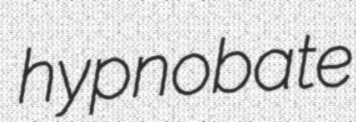
hypnobate